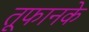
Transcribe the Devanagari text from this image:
तूफानके